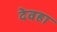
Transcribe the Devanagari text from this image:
देवहा